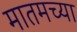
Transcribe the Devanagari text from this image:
मातमच्या